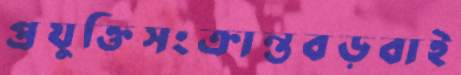
প্রযুক্তিসংক্রান্তবড়বাই